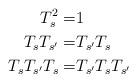
LaTeX: \begin{align*} T_s^2=&1&&\\ T_sT_{s'}=&T_{s'}T_s&&\\ T_sT_{s'}T_s=&T_{s'}T_sT_{s'}&& \end{align*}